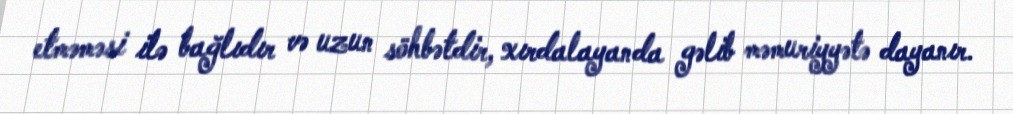
etməməsi ilə bağlıdır və uzun söhbətdir, xırdalayanda gəlib məmuriyyətə dayanır.